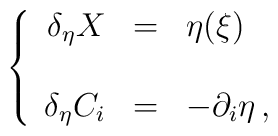
\left\{\begin{array}{rcl}\delta_{\eta}X & = & \eta (\xi)\\& & \\\delta_{\eta}C_{i} & = & -\partial_{i}\eta\, ,\\\end{array}\right.